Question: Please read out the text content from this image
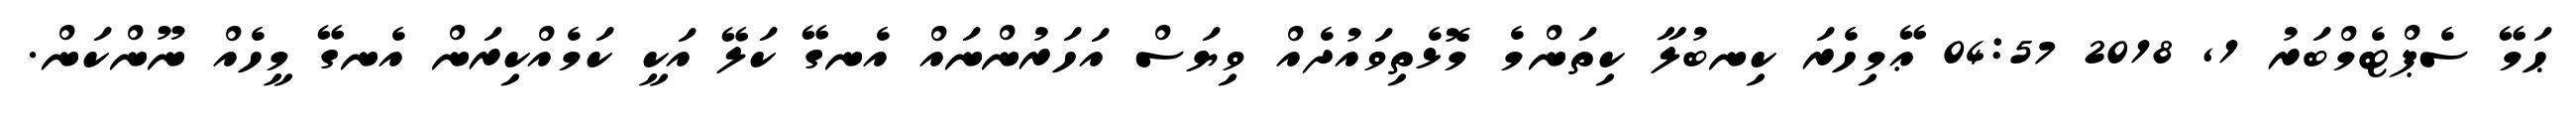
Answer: ޙަމޭ ސެޕްޓެމްބަރު 1, 2018 04:57 ޢޭމިހެރަ ކިނބުލާ ކިތަންމެ މޮޅެތިވައުދެއް ވިޔަސް އަހަރުންނައް އެނގޭ ކަލޭ އަކީ ކަމެއްކިރަން އެނގޭ މީހެއް ނޫންކަން.